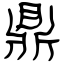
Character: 鼎